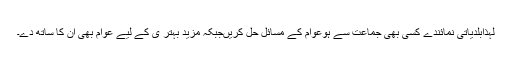
لہذابلدیاتی نمائندے کسی بھی جماعت سے ہوعوام کے مسائل حل کریںجبکہ مزید بہتر ی کے لیے عوام بھی ان کا ساتھ دے۔